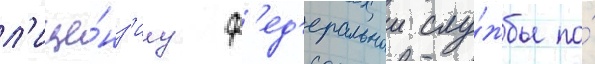
л'ице́нз'иу ф'ед'еральнои слу́жбы по́